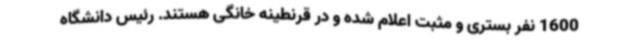
1600 نفر بستری و مثبت اعلام شده و در قرنطینه خانگی هستند. رئیس دانشگاه